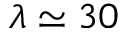
\lambda \simeq 3 0